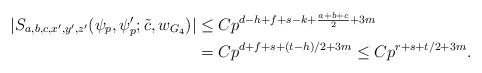
LaTeX: \begin{align*} |S_{a,b,c,x',y',z'}(\psi_p,\psi_p' ;\tilde{c},w_{G_4})| & \leq C p^{d-h+f+s-k+\frac{a+b+c}{2}+3m} \\ & =C p^{d+f+s+(t-h)/2+3m} \leq C p^{r+s+t/2+3m}. \end{align*}